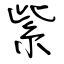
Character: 紫